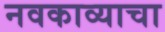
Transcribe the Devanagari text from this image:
नवकाव्याचा